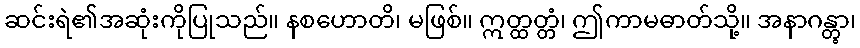
ဆင်းရဲ၏အဆုံးကိုပြုသည်။ နစဟောတိ၊ မဖြစ်။ ဣတ္ထတ္တံ၊ ဤကာမဓာတ်သို့။ အနာဂန္တွာ၊